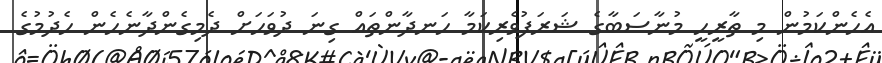
އެހެންކަމުން މި ތާރީހީ މުނާސަބާގެ ޝަރަފުވެރިކަމާ ހަނދާންތައް ގިނަ ދުވަހަށް ދެމިގެންދާނެހެން ހެދުމުގެ